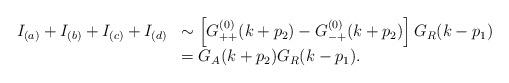
LaTeX: \begin{align*}\begin{array}{ll}I_{(a)}+I_{(b)}+I_{(c)}+I_{(d)} & \sim \left[G_{++}^{(0)}(k+p_2)-G_{-+}^{(0)}(k+p_2)\right]G_{R}(k-p_1) \\{} & = G_{A}(k+p_2)G_{R}(k-p_1) .\end{array}\end{align*}